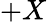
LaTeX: +X